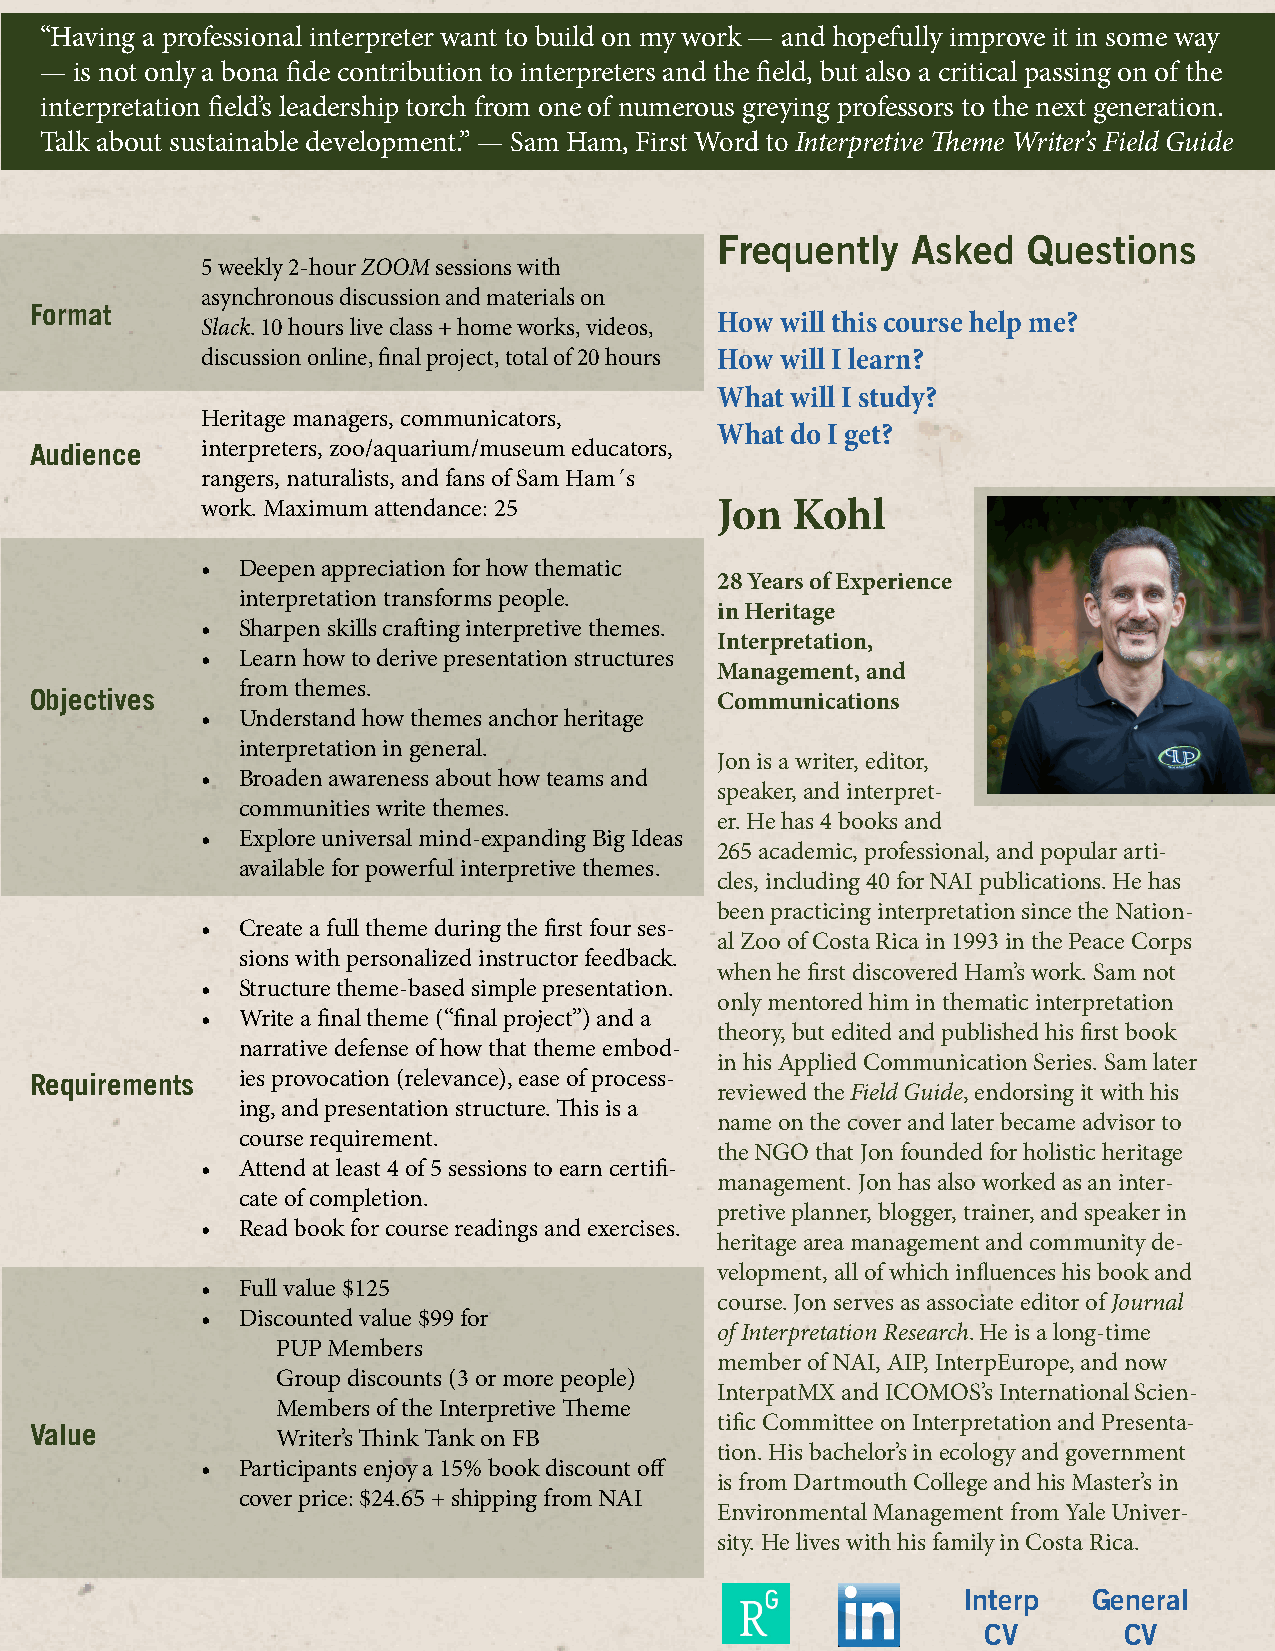
“Having a professional interpreter want to build on my work — and hopefully improve it in some way
 — is not only a bona fide contribution to interpreters and the field, but also a critical passing on of the
 interpretation field’s leadership torch from one of numerous greying professors to the next generation.
 Talk about sustainable development.” — Sam Ham, First Word to Interpretive Theme Writer’s Field Guide
 Frequently  Asked   Questions
 5 weekly 2-hour ZOOM sessions with
 asynchronous discussion and materials on
 Format
 How will this course help me?
 Slack. 10 hours live class + home works, videos,
 discussion online, final project, total of 20 hours How will I learn?
 What will I study?
 Heritage managers, communicators,
 What do I get?
 Audience   interpreters, zoo/aquarium/museum educators,
 rangers, naturalists, and fans of Sam Ham´s
 work. Maximum attendance: 25       Jon Kohl
 •  Deepen appreciation for how thematic
 28 Years of Experience
 interpretation transforms people.
 in Heritage
 •  Sharpen skills crafting interpretive themes.
 Interpretation,
 •  Learn how to derive presentation structures
 Management, and
 from themes.
 Objectives                                    Communications
 •  Understand how themes anchor heritage
 interpretation in general.
 Jon is a writer, editor,
 •  Broaden awareness about how teams and
 speaker, and interpret-
 communities write themes.
 er. He has 4 books and
 •  Explore universal mind-expanding Big Ideas
 265 academic, professional, and popular arti-
 available for powerful interpretive themes.
 cles, including 40 for NAI publications. He has
 been practicing interpretation since the Nation-
 •  Create a full theme during the first four ses-
 al Zoo of Costa Rica in 1993 in the Peace Corps
 sions with personalized instructor feedback.
 when he first discovered Ham’s work. Sam not
 •  Structure theme-based simple presentation.
 only mentored him in thematic interpretation
 •  Write a final theme (“final project”) and a
 theory, but edited and published his first book
 narrative defense of how that theme embod-
 in his Applied Communication Series. Sam later
 Requirements  ies provocation (relevance), ease of process-
 reviewed the Field Guide, endorsing it with his
 ing, and presentation structure. This is a
 name on the cover and later became advisor to
 course requirement.
 the NGO that Jon founded for holistic heritage
 •  Attend at least 4 of 5 sessions to earn certifi-
 management. Jon has also worked as an inter-
 cate of completion.
 pretive planner, blogger, trainer, and speaker in
 •  Read book for course readings and exercises.
 heritage area management and community de-
 velopment, all of which influences his book and
 •  Full value $125
 course. Jon serves as associate editor of Journal
 •  Discounted value $99 for
 of Interpretation Research. He is a long-time
 PUP Members
 member of NAI, AIP, InterpEurope, and now
 Group discounts (3 or more people)
 InterpatMX and ICOMOS’s International Scien-
 Members of the Interpretive Theme
 tific Committee on Interpretation and Presenta-
 Value
 Writer’s Think Tank on FB
 tion. His bachelor’s in ecology and government
 •  Participants enjoy a 15% book discount off
 is from Dartmouth College and his Master’s in
 cover price: $24.65 + shipping from NAI
 Environmental Management from Yale Univer-
 sity. He lives with his family in Costa Rica.
 Interp  General
 CV       CV